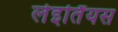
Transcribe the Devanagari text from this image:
लेइर्तिंयस